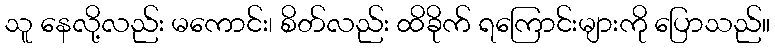
သူ နေလို့လည်း မကောင်း၊ စိတ်လည်း ထိခိုက် ရကြောင်းများကို ပြောသည်။